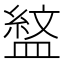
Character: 𭾎